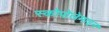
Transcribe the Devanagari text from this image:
स्कोपोलेमाइन